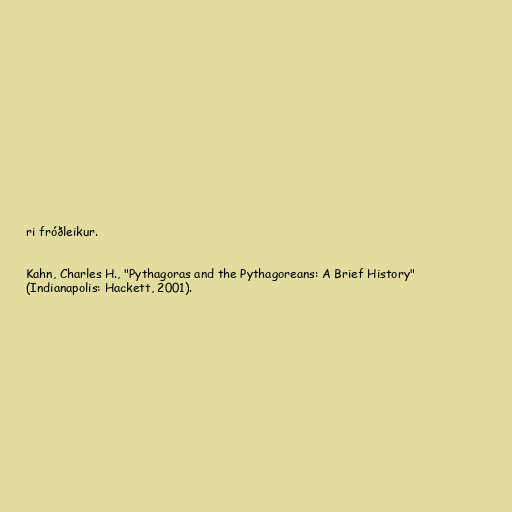
ri fróðleikur.

Kahn, Charles H., "Pythagoras and the Pythagoreans: A Brief History"
(Indianapolis: Hackett, 2001).